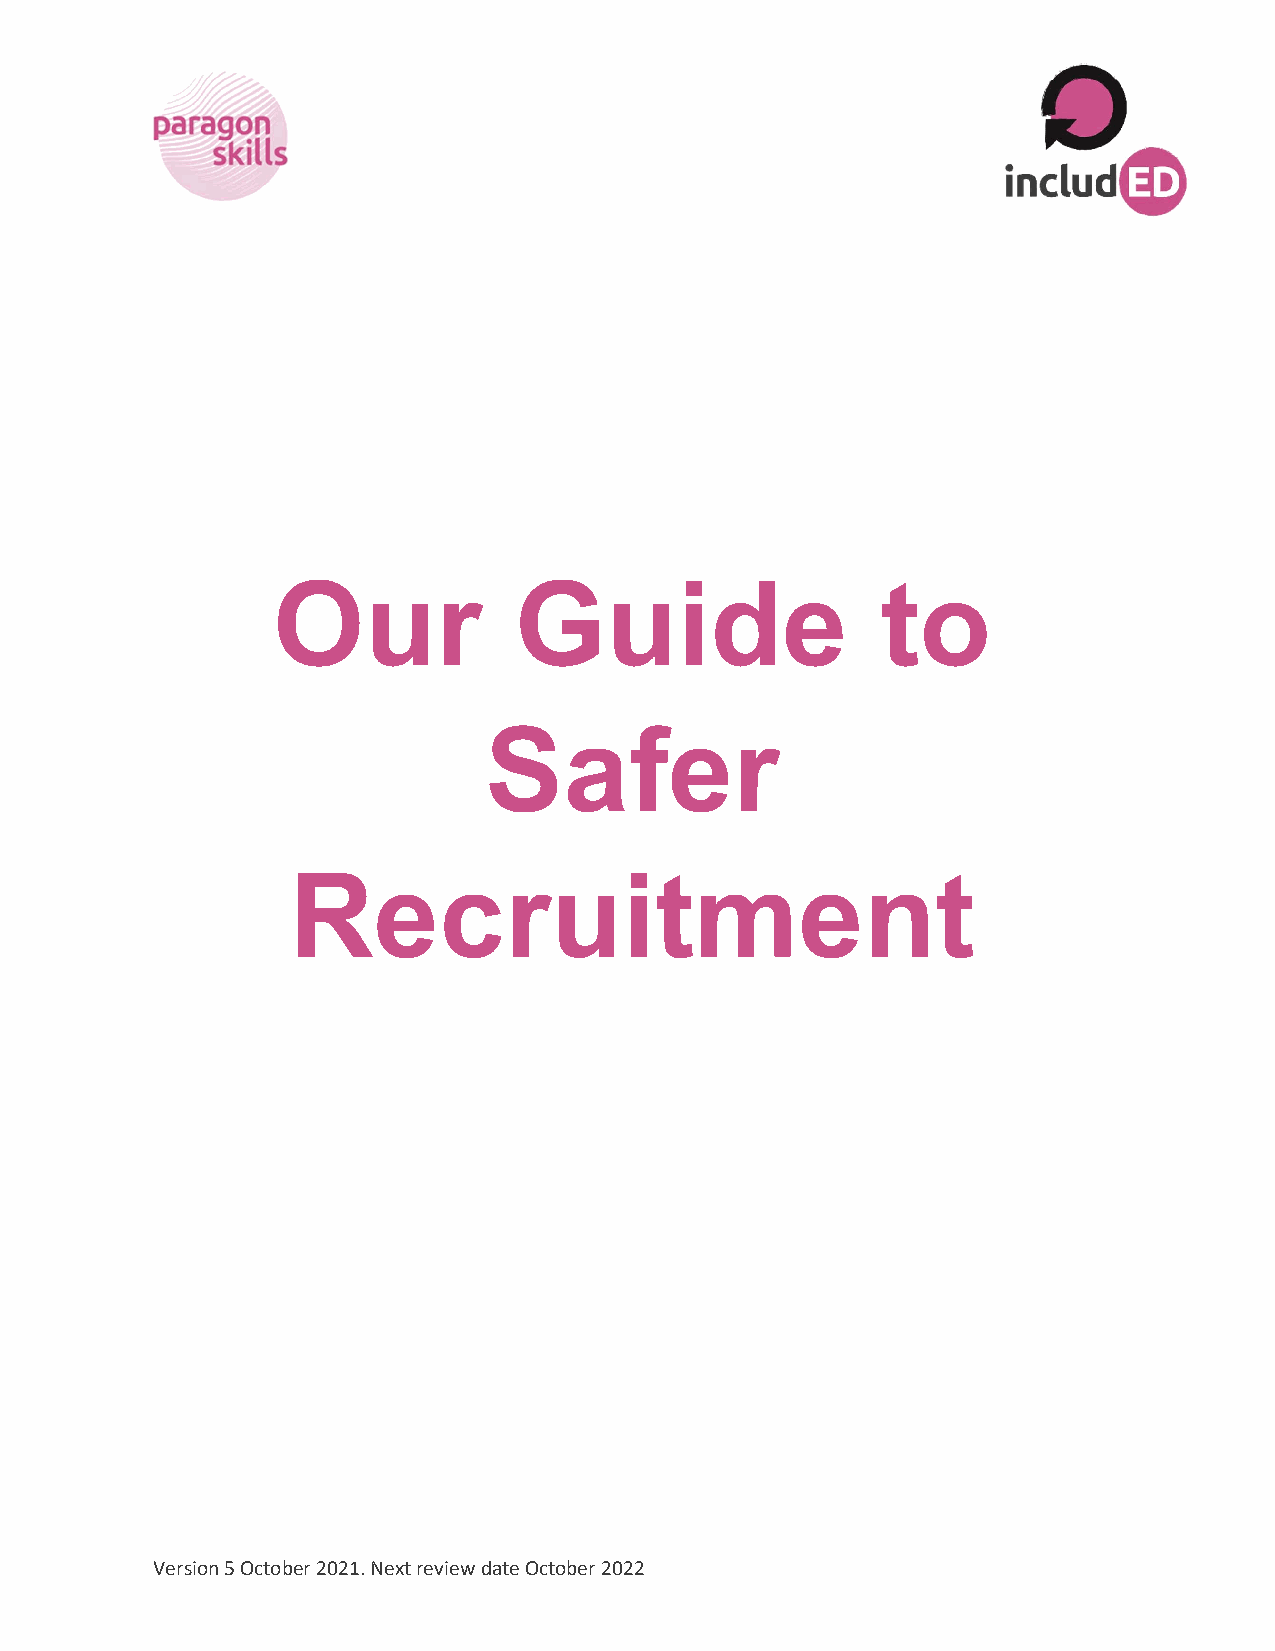
Our             Guide                   to
 Safer
 Recruitment
 Version 5 October 2021. Next review date October 2022